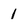
Character: 1